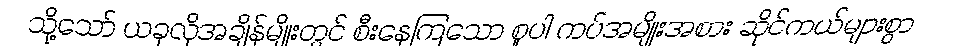
သို့သော် ယခုလိုအချိန်မျိုးတွင် စီးနေကြသော စူပါ ကပ်အမျိုးအစား ဆိုင်ကယ်များစွာ